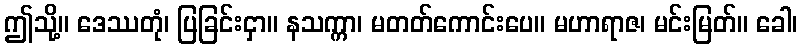
ဤသို့။ ဒေဿတုံ၊ ပြခြင်းငှာ။ နသက္ကာ၊ မတတ်ကောင်းပေ။ မဟာရာဇ၊ မင်းမြတ်။ ခေါ၊